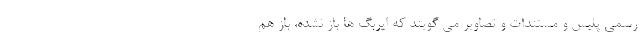
رسمی پلیس و مستندات و تصاویر می گویند که ایربگ ها باز نشده، باز هم